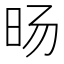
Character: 旸